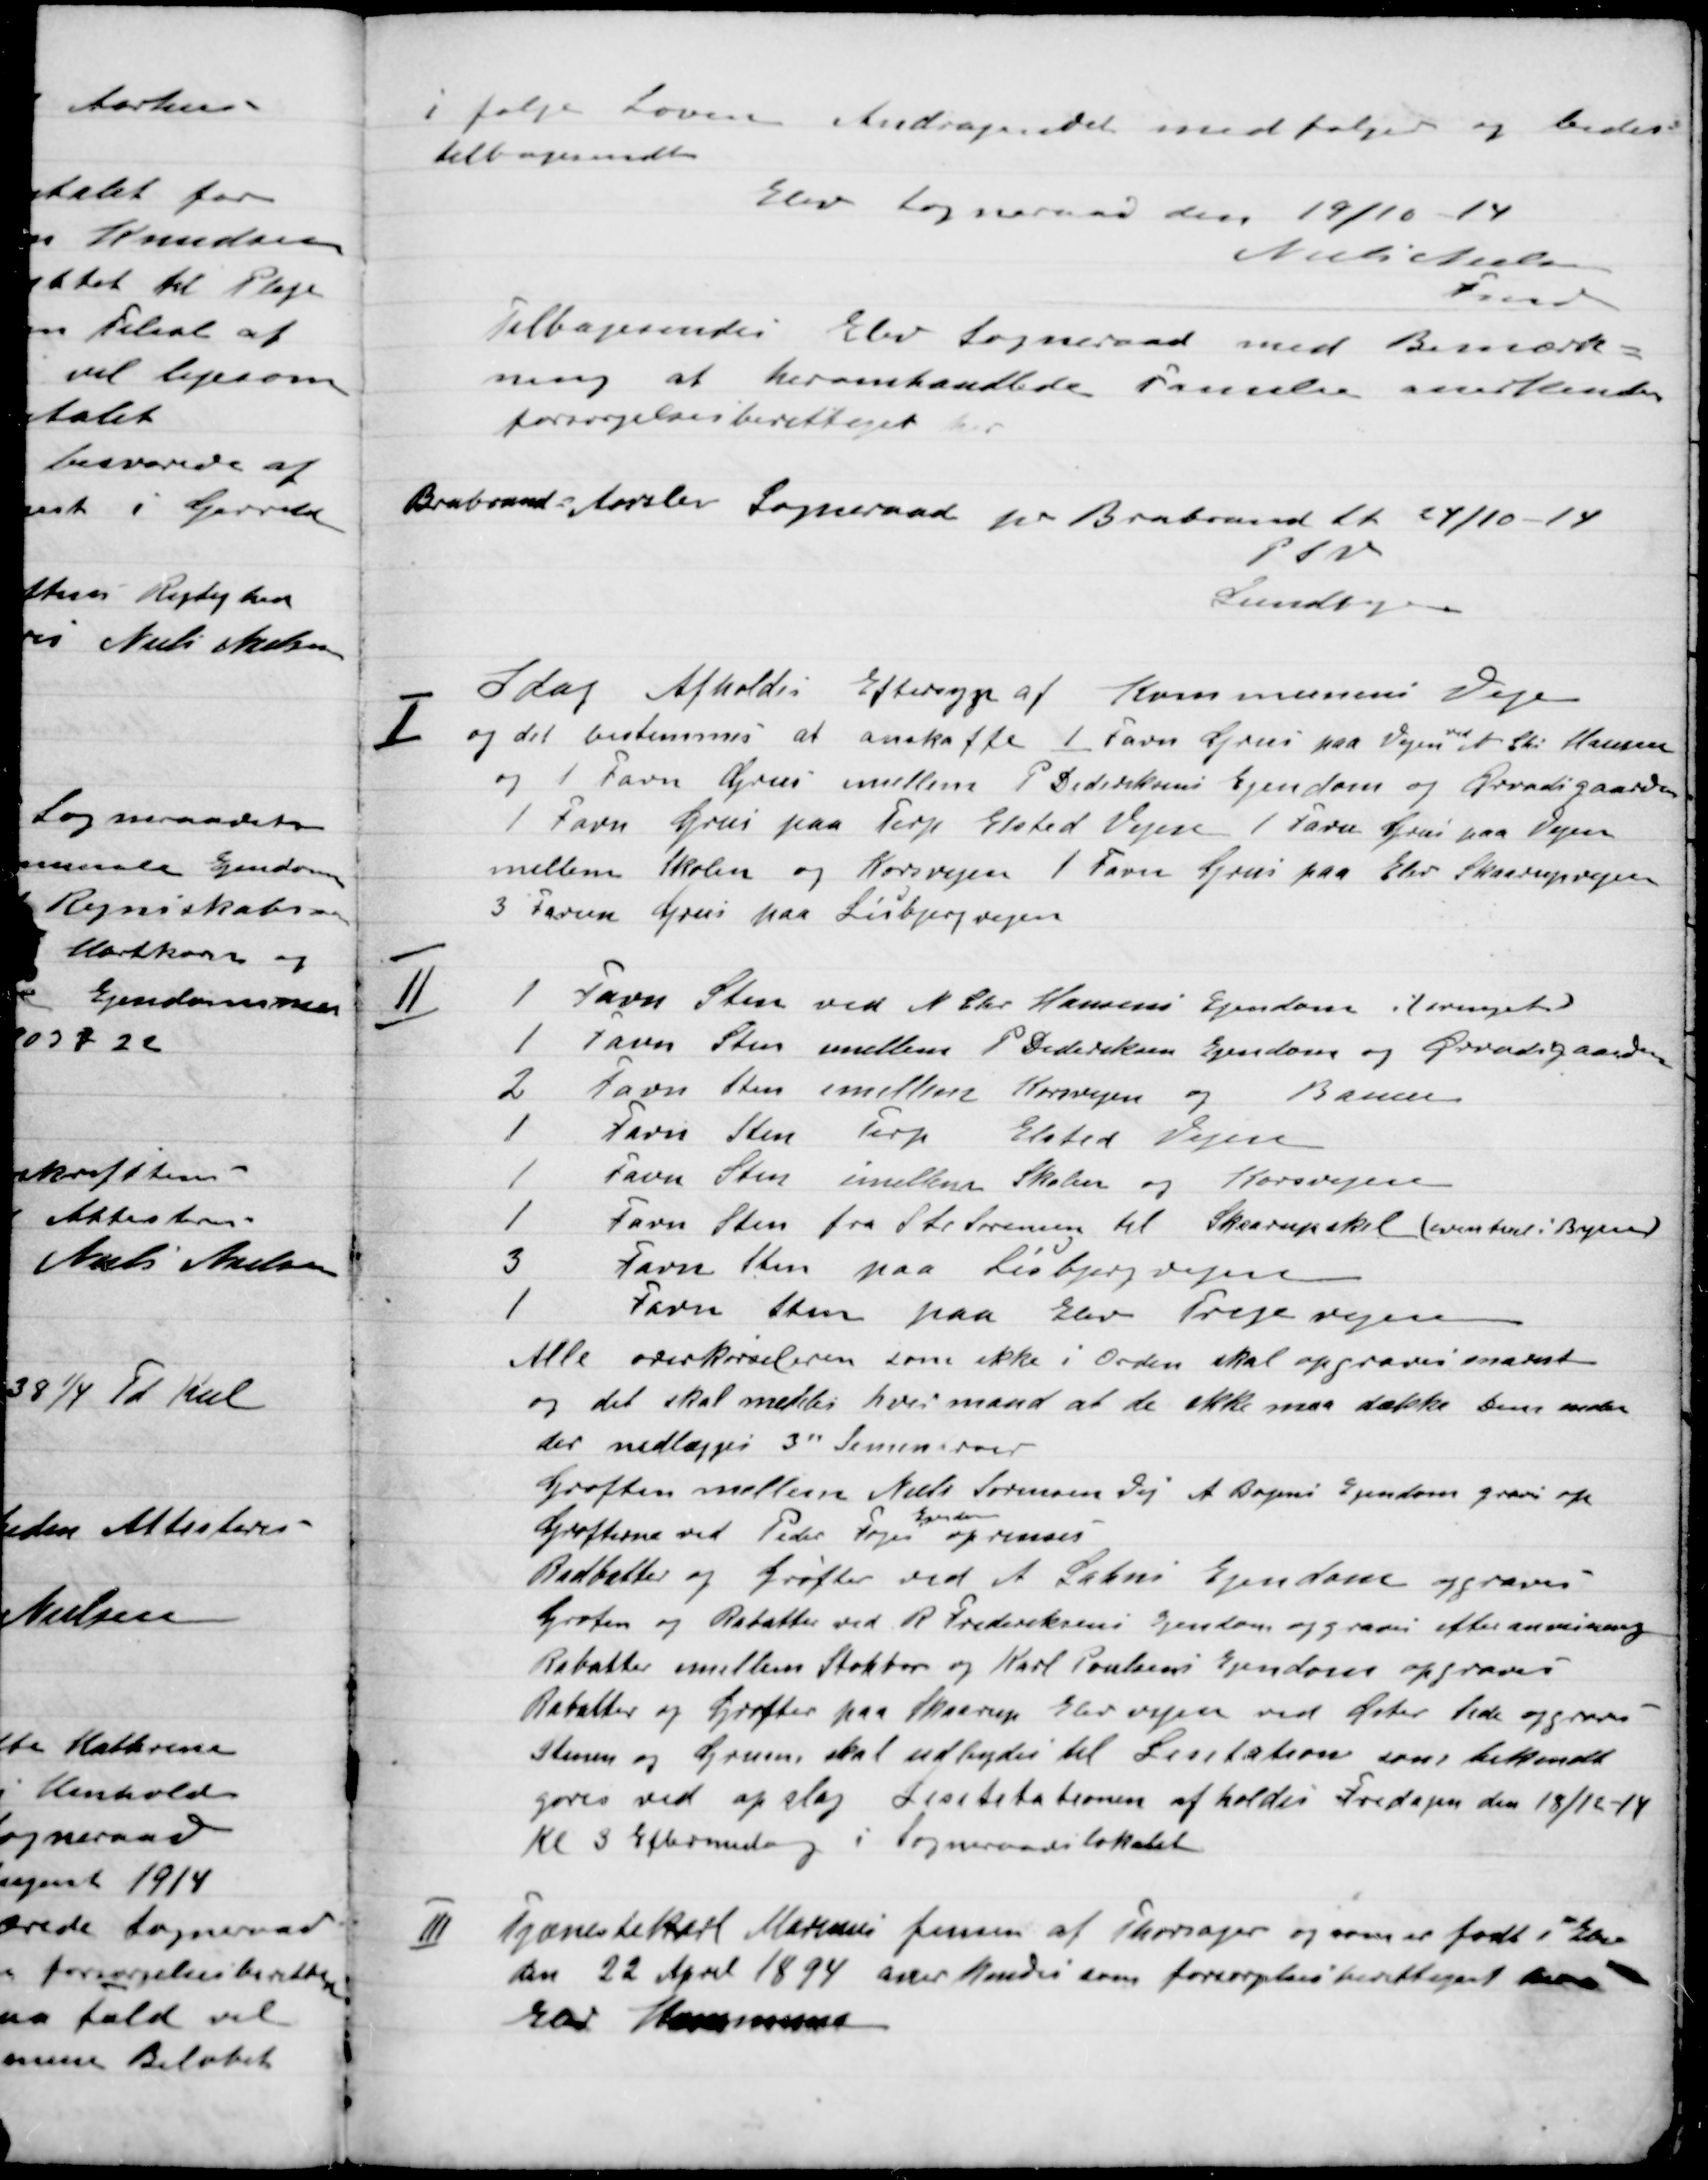
Transskription:
I følge loven Andragendet med følger og beder
tilbagemelde.
Elev Sogneraad den 19/10-14
Niels Nielsen
Fmd.

Tilbagemelder Elev Sogneraad med Bemærk-
ning at her omhandlede Familie anerkendes
forsørgelsesberettiget.
Brabrand-Aarslev Sogneraad pr Brabrand Den 24/10-14
P.S.V.
Lundbye

I

I Dag afholdtes Eftersyn af Kommunens Veje
og det bestemtes at anskaffe 1 Favn Grus paa Vejen ved et Chr. Hansen
og 1 Favn Grus paa imellem P. Didriksens Ejendom og Overgaarden
1 Favn Grus paa Terp Elsted Vejen 1 Favn Grus paa Vejen
mellem Skolen og Korsvejen 1 Favn Grus paa Elev Skaarupvejen
3 Favn Grus paa Lisbjergvejen.

II

1 Favn Sten ved N. Chr. Hansens Ejendom (eventuel)
1 Favn Sten mellem P. Didriksens Ejendom og Overgaarden
2 Favn Sten mellem Korsvejen og Banen
1 Favn Sten Terp Elsted Vejen
1 Favn Sten imellem Skolen og Korsvejs
1 Favn Sten fra Stationen til Skaarupskel (eventuel i Byen)
3 Favn Sten paa Lisbjergvejen
1 Favn Sten paa Elev Tværvejen
Alle overkørslerne som ikke i Orden skal opgraves snarest
og det skal meddeles hver mand at de ikke maa dække den nede
der nedlægges 3” Sennenroer
Grøften mellem Niels Sørensen Vej A Bojesens Ejendom graves op
Grøfterne med Peder Snogs
Ejendom
oprenses
Rabatter og Grøfter ved A. Salin Ejendom opgraves
 Grøften og Rabatten ved R. Frederiksens Ejendom opgraves efter anvisning
Rabatten imellem Stokbro og Karl Poulsens Ejendom opgraves
Rabatten og Grøften paa Skaarup Elev vejen ved Øster Hede opgraves
Sten og Grusen skal udbydes til Licitation som tilkomst
gøres ved opslag Licitationen afholdes Fredagen den 18/12-14
Kl 3. Eftermiddag  i Sogneraads lokalet.

III

Tjenestekørsel Martin Jensen af Thorsager og som er født i Elev
den 22 April 1894 anerkendes som Forsørgelsesberettiget her i
Elev Kommune.